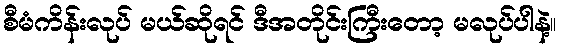
စီမံကိန်းလုပ် မယ်ဆိုရင် ဒီအတိုင်းကြီးတော့ မလုပ်ပါနဲ့။